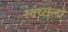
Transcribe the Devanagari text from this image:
स्वच्छन्दो